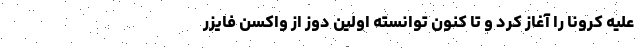
علیه کرونا را آغاز کرد و تا کنون توانسته اولین دوز از واکسن فایزر